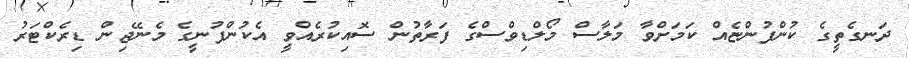
ދަނގެތީގެ ކުންފުންޏެއް ކަމަށްވާ މަލާސް މޯލްޑިވްސްގެ ފަރާތުން ސޮއިކުރެއްވީ އެކުންފުނީގެ މެނޭޖިން ޑިރެކްޓަރު